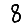
Digit: 8